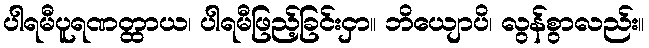
ပါရမီပူရဏတ္ထာယ၊ ပါရမီဖြည့်ခြင်းငှာ။ ဘိယျောပိ၊ လွန်စွာလည်း။